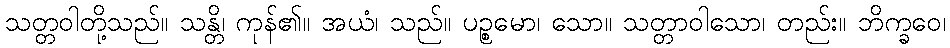
သတ္တဝါတို့သည်။ သန္တိ၊ ကုန်၏။ အယံ၊ သည်။ ပဉ္စမော၊ သော။ သတ္တာဝါသော၊ တည်း။ ဘိက္ခဝေ၊